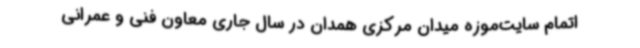
اتمام سایت‌موزه میدان مرکزی همدان در سال جاری معاون فنی و عمرانی